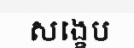
សង្ខេប